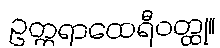
ဥတ္တရာထေရီဝတ္ထု။